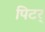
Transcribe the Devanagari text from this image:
पिटर्